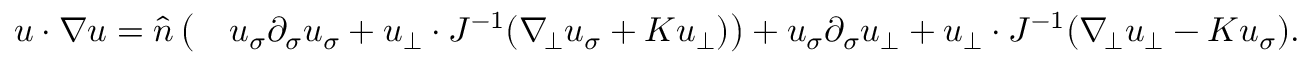
\begin{array} { r l } { u \cdot \nabla u = \widehat { n } \, \big ( } & { u _ { \sigma } \partial _ { \sigma } u _ { \sigma } + u _ { \bot } \cdot J ^ { - 1 } ( \nabla _ { \! \bot } u _ { \sigma } + K u _ { \bot } ) \big ) + u _ { \sigma } \partial _ { \sigma } u _ { \bot } + u _ { \bot } \cdot J ^ { - 1 } ( \nabla _ { \! \bot } u _ { \bot } - K u _ { \sigma } ) . } \end{array}